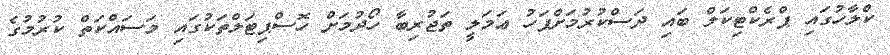
ކްލާހުގައި ޕްރެކްޓިކަލް ބައި ދަސްކުރުމަށްފަހު ޢަމަލީ ތަޖުރިބާ ހޯދުމަށް ހޮސްޕިޓަލްތަކުގައި މަސައްކަތް ކުރުމުގެ